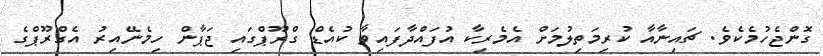
ގޮންޖެހުމެކެވެ. ޗައިނާއާ ކުރިމަތިލުމަށް އެމެރިކާ އުފައްދާފައިވާ ކުއެޑް ގްރޫޕްގައި ޖަޕާން ހިމެނޭއިރު އެގްރޫޕްގެ